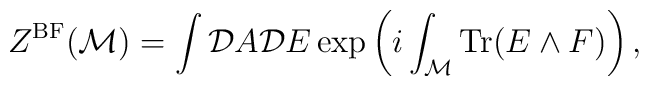
Z^{{\rm BF}}({\cal M}) = \int {\cal D}A {\cal D}E \exp\left(i\int_{\cal M}{\rm Tr}(E\wedge F) \right),